Annual administration and progress report of the Indian Medical Department, Bombay
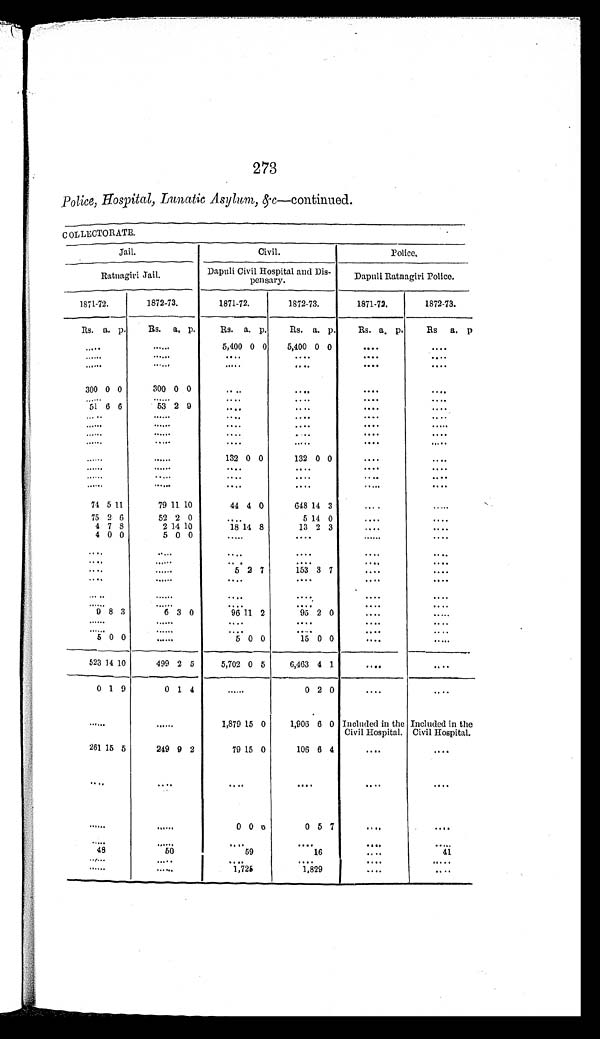
273
Police, Hospital, Lunatic Asylum, & c—continued.
COLLECTORATE.
Jail.
Civil.
Police.
Ratnagiri Jail.
Dapuli Civil Hospital and Dis-
p e n s a e y .
Dapuli Ratnagiri Police.
1871-72.
1872-73.
1871-72.
1872-73.
1871-72.
1872-73.
Rs. a. p.
R s .
a. p.
Rs. a. p.
Rs. a. p.
R s .
a. p.
Rs a. p
. . . .
. . . .
5,400 0 0 5,400 0 0
....
...
. . . .
....
. . . .
. . . .
. . . .....
. . . .
. . . . ....
....
. . . . . . . .
300 0 0
300 0 0
....
....
. . . . . . . .
. . . .
....
. . . .
. . . .
. . . . . . . .
51 6 6
53 2 9
. . . .
. . . .
. . . . . . . .
. . . .
. . . .
. . . .
. . . .
. . . . . . . .
. . . .
....
. . . .
. . . .
. . . . . . . .
....
.... ....
....
. . . . . . . .
. . . .
. . . .
. . . .
. . . .
. . . . . . . .
. . . .
....
132 0 0
132 0 0
. . . . . . . .
....
....
. . . .
. . . .
. . . . . . . .
. . . .
. . . .
. . . .
. . . .
.... ....
. . . .
. . . .
. . . .
. . . .
. . . . . . . .
. . . .
74 5 11
79 11 10
44 4 0
648 14 3
....
....
75 2 6
52 2 0
. . . .
5 14 0
. . . . . . . .
4 7 8
2 14 10
1 8
148
13 2 3
. . . . . . . .
4 0 0
5 0 0
. . . .
. . . .
. . . . . . . .
....
. . . .
. . . .
. . . .
. . . . . . . .
. . . .
. . . . ....
. . . .
. . . . . . . .
....
. . . .
5
2 7
153 3 7
. . . . . . . .
. . . .
. . . .
. . . .
. . . .
. . . . . . . .
. . . .
. . . .
. . . .
. . . .
. . . .
. . . .
....
....
. . . .
. . . .
. . . . . . . .
9 8 3
6 3 0
96 11 2
95 2 0
. . . . . . . .
....
....
. . . .
. . . .
. . . . . . . .
. . . .
....
. . . .
. . . .
. . . . . . . .
5
0 0
. . . .
5 0 0
15 0 0
. . . . . . . .
5 2 3
14 10
499 2 5
5,702 0 5
6,463 4 1
....
. . . .
0 1 9
0 1 4
. . . .
0 2 0
. . . . ....
. . . .
....
1,879 15 0
1,906 6 0 Included in the
Civil Hospital.
Included in the
Civil Hospital.
261 15 5
249 9 2
79 15 0
106 6 4 ....
....
. . . .
....
. . . .
. . . .
. . . . . . . .
. . . .
....
0 0 0
0 5 7
....
....
. . . .
. . . .
. . . .
....
....
. . . .
4 8
5 0
5 9
1 6
. . . .
4 1
....
. . . .
....
. . . .
. . . .
....
. . . .
. . . .
1,725
1,829
. . . .
....